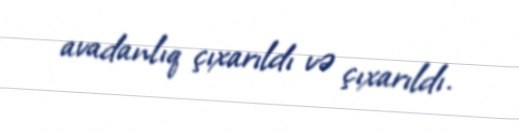
avadanlıq çıxarıldı və çıxarıldı.